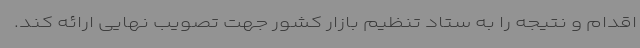
اقدام و نتیجه را به ستاد تنظیم بازار کشور جهت تصویب نهایی ارائه کند.